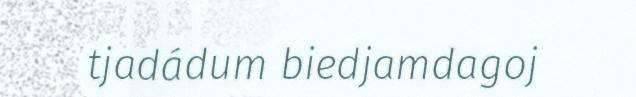
tjadádum biedjamdagoj